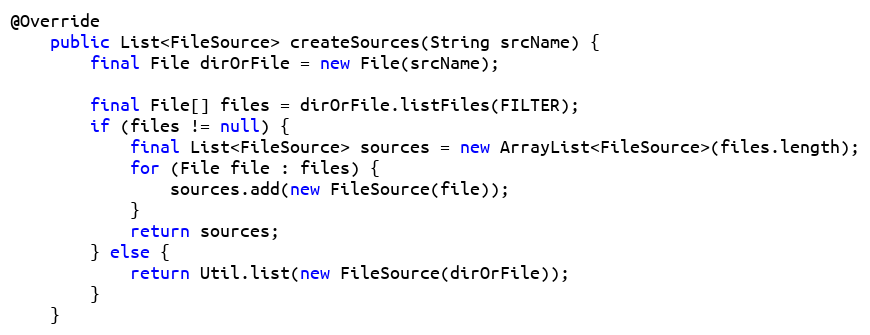
Language: Java
@Override
    public List<FileSource> createSources(String srcName) {
        final File dirOrFile = new File(srcName);

        final File[] files = dirOrFile.listFiles(FILTER);
        if (files != null) {
            final List<FileSource> sources = new ArrayList<FileSource>(files.length);
            for (File file : files) {
                sources.add(new FileSource(file));
            }
            return sources;
        } else {
            return Util.list(new FileSource(dirOrFile));
        }
    }